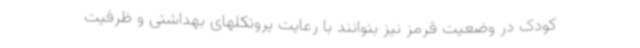
کودک در وضعیت قرمز نیز بتوانند با رعایت پروتکلهای بهداشتی و ظرفیت